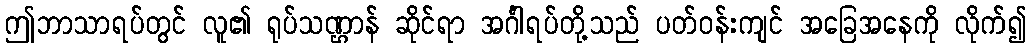
ဤဘာသာရပ်တွင် လူ၏ ရုပ်သဏ္ဌာန် ဆိုင်ရာ အင်္ဂါရပ်တို့သည် ပတ်ဝန်းကျင် အခြေအနေကို လိုက်၍